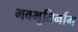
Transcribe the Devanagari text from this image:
भवभूतिर्नाम